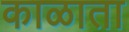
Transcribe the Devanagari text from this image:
काळाता